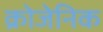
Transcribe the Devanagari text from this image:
क्रोजेनिक